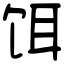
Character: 饵